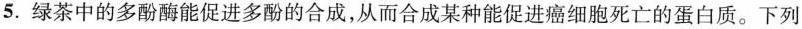
5.绿茶中的多酚酶能促进多酚的合成，从而合成某种能促进癌细胞死亡的蛋白质。下列